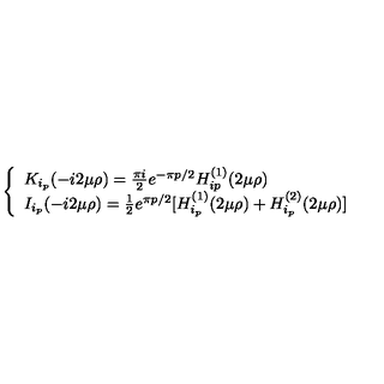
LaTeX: \left\{ \begin{array} { l l } { K _ { i _ { p } } ( - i 2 \mu \rho ) = \frac { \pi i } { 2 } e ^ { - \pi p / 2 } H _ { i p } ^ { ( 1 ) } ( 2 \mu \rho ) } & { } \\ { I _ { i _ { p } } ( - i 2 \mu \rho ) = \frac { 1 } { 2 } e ^ { \pi p / 2 } [ H _ { i _ { p } } ^ { ( 1 ) } ( 2 \mu \rho ) + H _ { i _ { p } } ^ { ( 2 ) } ( 2 \mu \rho ) ] } \\ \end{array} \right.